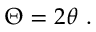
\Theta = 2 \theta \ .